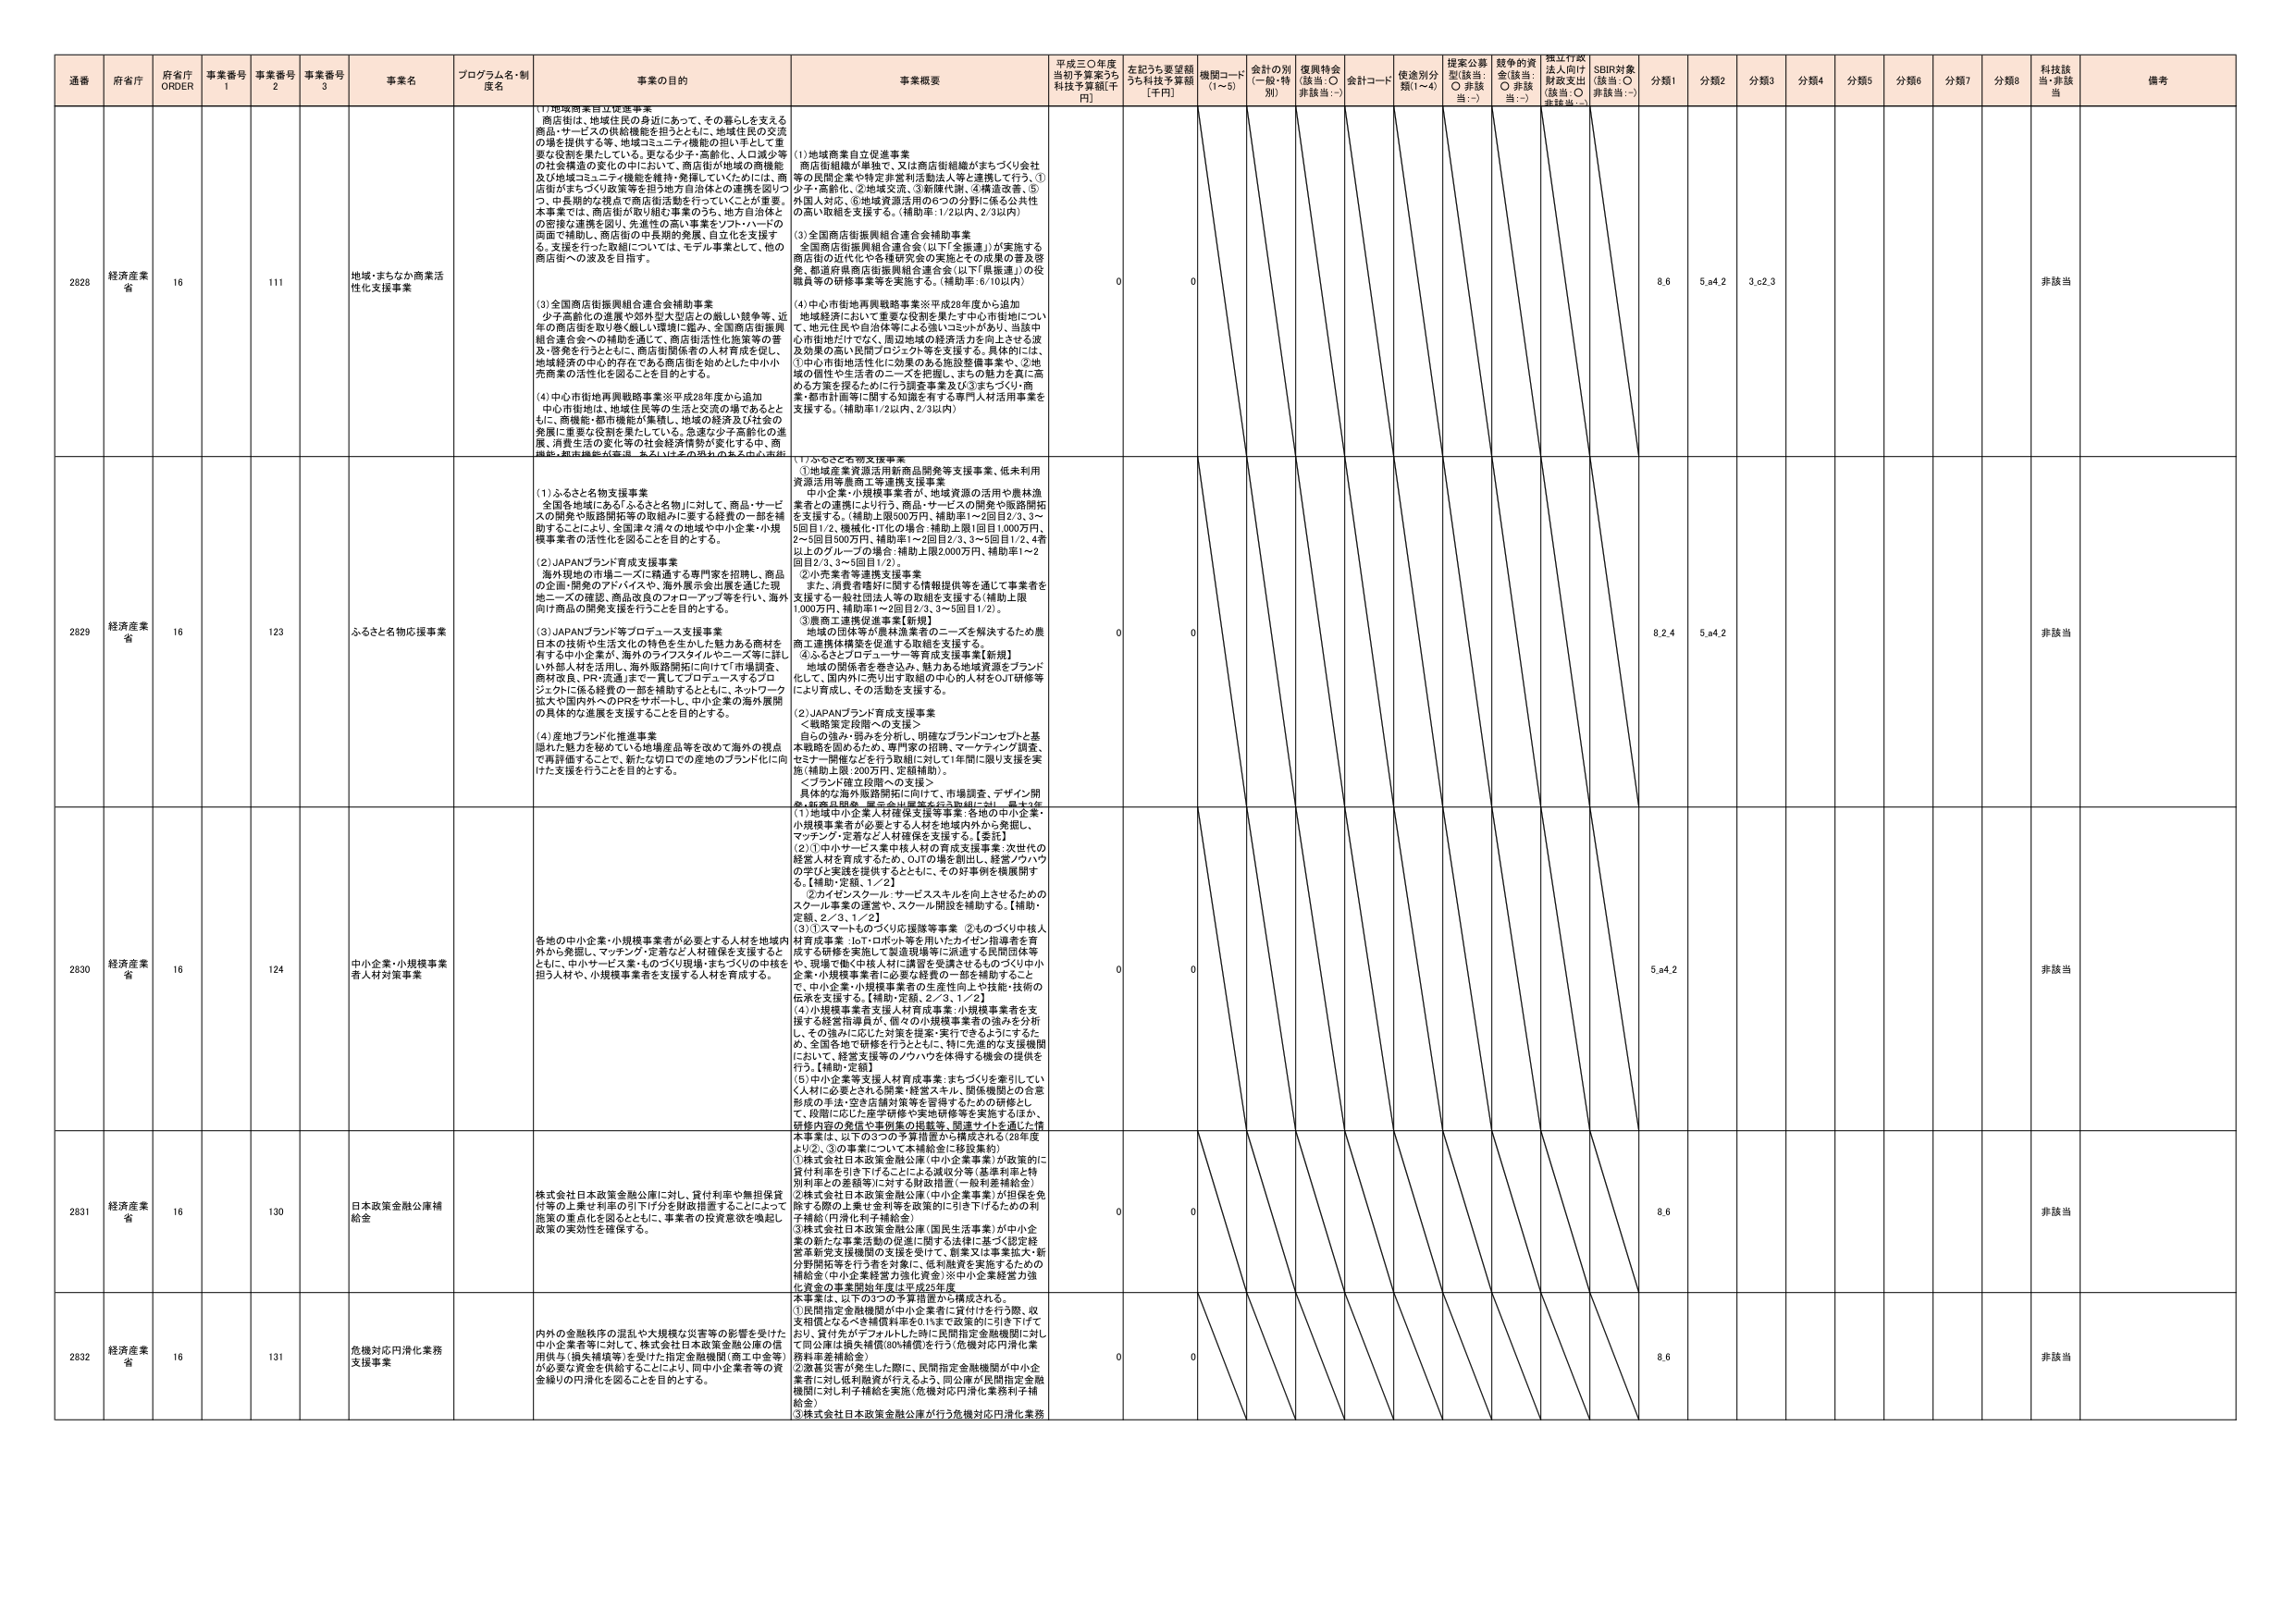
通番 府省庁 府省庁 ORDER 事業番号 1 事業番号 2 事業番号 3 事業名 プログラム名・制度名 事業の目的 事業概要 平成三〇年度当初予算案うち 科技予算額[千円] 左記うち要望額うち科技予算額 [千円] 機関コード (1～5) 会計の別 (一般・特別) 復興特金 (該当：○ 非該当：-) 会計コード 使途別分類(1～4) 提案公募型(該当：○ 非該当：-) 競争的資金(該当：○ 非該当：-) 指定行政法人向け財政支出 (該当：○ 非該当：-) SDR対象 (該当：○ 非該当：-) 分類1 分類2 分類3 分類4 分類5 分類6 分類7 分類8 科技該当 備考

2828 経済産業省 16 111 地域・まちなか商業活性化支援事業 (1)地域商業自立促進事業 商店街は、地域住民の身近にあって、その暮らしを支える商品・サービスの供給機能を担うとともに、地域住民の交流の場を提供する等、地域コミュニティ機能の担い手として重要な役割を果たしている。更なる少子・高齢化、人口減少等の社会構造の変化の中において、商店街が地域の商機能及び地域コミュニティ機能を維持・発揮していくためには、商店街がまちづくり政策等を担う地方自治体との連携を図りつつ、中長期的な視点で商店街活動を行っていくことが重要。本事業では、商店街が取り組む事業のうち、地方自治体との密接な連携を図り、先進性の高い事業をソフト・ハードの両面で補助し、商店街の持続的発展、自立化を支援する。支援を行った取組については、モデル事業として、他の商店街への波及を目指す。 (1)地域商業自立促進事業 商店街組織が単独で、又は商店街組織がまちづくり会社等の民間企業や特定非営利活動法人等と連携して行う。①少子・高齢化、②地域交流、③循環代替、④環境改善、⑤外国人対応、⑥地域資源活用の6つの分野に係る公共性の高い取組を支援する。(補助率:1/2以内、2/3以内) (3)全国商店街振興組合連合会補助事業 全国商店街振興組合連合会(以下「全振連」)が実施する商店街の近代化や各種研究会の実施とその成果の普及啓発、都道府県商店街振興組合連合会(以下「県振連」)の役職員等の研修事業等を実施する。(補助率:6/10以内) (4)中心市街地再興戦略事業※平成28年度から追加 地域経済において重要な役割を果たす中心市街地について、地元住民や自治体等による強いコミットがあり、当該中心市街地だけでなく、周辺地域の経済活力を向上させる波及効果の高い民間プロジェクト等を支援する。具体的には、①中心市街地活性化に効果のある施設整備事業や、②地域の個性や生活者のニーズを把握し、まちの魅力を真に高める方策を採るために行う調査事業及び③まちづくり・商業・都市計画等に関する知識を有する専門人材活用事業を支援する。(補助率1/2以内、2/3以内) 0 0 8.6 5.a4.2 3.c2.3 非該当

2829 経済産業省 16 123 ふるさと名物応援事業 (1)ふるさと名物支援事業 全国各地域にある「ふるさと名物」に対して、商品・サービスの開発や販路開拓等の取組みに要する経費の一部を補助することにより、全国津々浦々の地域や中小企業・小規模事業者の活性化を図ることを目的とする。 (2)JAPANブランド育成支援事業 海外現地の市場ニーズに精通する専門家を招聘し、商品の企画・開発のアドバイスや、海外展示会出展を通じた現地ニーズの確認、商品改良のフォローアップ等を行い、海外向け商品の開発支援を行うことを目的とする。 (3)JAPANブランド等プロデュース支援事業 日本の技術や生活文化の特色を生かした魅力ある商材を有する中小企業が、海外のライフスタイルやニーズ等に詳しい外部人材を活用し、海外販路開拓に向けて「市場調査、商材改良、PR・流通」まで一貫してプロデュースするプロジェクトに係る経費の一部を補助するとともに、ネットワーク拡大や国内外へのPRをサポートし、中小企業の海外展開の具体的な進展を支援することを目的とする。 (4)産地ブランド化推進事業 隠れた魅力を秘めている地域産品等を改めて海外の視点で再評価することで、新たな切り口での産地のブランド化に向けた支援を行うことを目的とする。 (1)ふるさと名物支援事業 ①地域産業資源活用新商品開発等支援事業、低未利用資源活用等農商工等連携支援事業 中小企業・小規模事業者が、地域資源の活用や農林漁業者との連携により行う、商品・サービスの開発や販路開拓を支援する。(補助上限600万円、補助率1～2回目2/3、3～5回目1/2、機械化・IT化の場合、補助上限1回目1,000万円、2～5回目500万円、補助率1～2回目2/3、3～5回目1/2、4者以上のグループの場合:補助上限2,000万円、補助率1～2回目2/3、3～5回目1/2)。 ②小売業等連携支援事業 また、消費者嗜好に関する情報提供等を通じて事業者を支援する一般社団法人等の取組を支援する(補助上限1,000万円、補助率1～2回目2/3、3～5回目1/2)。 ③農商工連携促進事業【新規】 地域の農林漁業者等のニーズを解決するため農商工連携仕様策を促進する取組を支援する。 ④ふるさとプロデューサー等育成支援事業【新規】 地域の関係者を巻き込み、魅力ある地域資源をブランド化して、国内外に売り出す取組の中心的人材をOJT研修等により育成し、その活動を支援する。 (2)JAPANブランド育成支援事業 ＜戦略策定段階への支援＞ 自らの強み・弱みを分析し、明確なブランドコンセプトと基本戦略を固めるため、専門家の招聘、マーケティング調査、セミナー開催などを行う取組に対して1年間に限り支援を実施(補助上限:200万円、定額補助)。 ＜ブランド確立段階への支援＞ 具体的な海外販路開拓に向けて、市場調査、デザイン開発、新商品開発、展示会出展等を行う取組に対し、最大3年 0 0 8.2.4 5.a4.2 非該当

2830 経済産業省 16 124 中小企業・小規模事業者人材対策事業 各地の中小企業・小規模事業者が必要とする人材を地域内外から発掘し、マッチング・定着など人材確保を支援するとともに、中小サービス業・ものづくり現場・まちづくりの中核を担う人材や、小規模事業者を支援する人材を育成する。 (1)地域中小企業人材確保支援等事業:各地の中小企業・小規模事業者が必要とする人材を地域内外から発掘し、マッチング・定着など人材確保を支援する。【委託】 (2)①中小サービス業中核人材の育成支援事業:次世代の経営人材を育成するため、OJTの場を創出し、経営ノウハウの学びと実践を提供するとともに、その好事例を横展開する。【補助・定額、1／2】 ②カイゼンスクール・サービススキルを向上させるためのスクール事業の運営や、スクール開設を補助する。【補助・定額、2／3、1／2】 (3)①スマートものづくり応援隊等事業 ②ものづくり中核人材育成事業 :IoT・ロボット等を用いたカイゼン指導者を育成する研修を実施して製造現場等に派遣する民間団体等や、現場で働く中核人材に講習を受講させるものづくり中小企業・小規模事業者に必要な経費の一部を補助すること。 ③中小企業・小規模事業者の生産性向上や技能・技術の伝承を支援する。【補助・定額、2／3、1／2】 (4)小規模事業者支援人材育成事業:小規模事業者を支援する経営指導員が、個々の小規模事業者の強みを分析し、その強みに応じた対策を提案・実行できるようにするため、全国各地で研修を行うとともに、特に先進的な支援機関において、経営支援等のノウハウを体得する機会の提供を行う。【補助・定額】 (5)中小企業等支援人材育成事業:まちづくりを牽引していく人材に必要とされる開発・経営スキル、関係機関との合意形成の手法・空き店舗対策等を習得するための研修として、段階に応じた座学研修や実地研修等を実施するほか、研修内容の発信や事例集の掲載等、関連サイトを通した情報事業は、以下の3つの予算措置から構成される。(28年度より②、③の事業について本補助金に移設集約) ①株式会社日本政策金融公庫(中小企業事業)が政策的に貸付利率を引き下げることによる減収分等(基準利率と特例利率との差額等)に対する財政措置(一般利差補給金) ②株式会社日本政策金融公庫(中小企業事業)が担保を免除する際の上乗せ金利等を政策的に引き下げるもの利子補給(円滑化利子補給金) ③株式会社日本政策金融公庫(国民生活事業)が中小企業の新たな事業活動の促進に関する法律に基づく認定経営革新支援機関の支援を受けて、創業又は事業拡大・新分野拡拓等を行う者を対象に、低利融資を実施するための補給金(中小企業経営力強化資金)※中小企業経営力強化資金の事業開始年度は平成25年度 0 0 5.a4.2 非該当

2831 経済産業省 16 130 日本政策金融公庫補給金 株式会社日本政策金融公庫に対し、貸付利率や無担保貸付等の上乗せ利率の下げ分を財政措置することによって施策の重点化を図るとともに、事業者の投資意欲を喚起し政策の実効性を確保する。 0 0 8.6 非該当

2832 経済産業省 16 131 危機対応円滑化業務支援事業 内外の金融秩序の混乱や大規模な災害等の影響を受けた中小企業者等に対して、株式会社日本政策金融公庫の信用供与(損失補償等を受けた指定金融機関(商工中金等)が必要な資金を供給することにより、同中小企業者等の資金繰りの円滑化を図ることを目的とする。 本事業は、以下の3つの予算措置から構成される。 ①民間指定金融機関が中小企業者に貸付けを行う際、収支相償となるべき補償料率を0.1%まで政策的に引き下げており、貸付先がデフォルトした時に民間指定金融機関に対し「同公庫は損失補償(80%補償)を行う(危機対応円滑化業務用利率補給金) ②激甚災害が発生した際に、民間指定金融機関が中小企業者に対し低利融資が行えるよう、同公庫が民間指定金融機関に対し利子補給を実施(危機対応円滑化業務利子補給金) ③株式会社日本政策金融公庫が行う危機対応円滑化業務 0 0 8.6 非該当